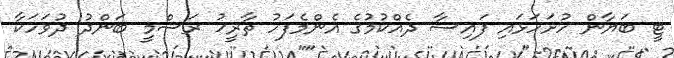
ޓީ ބަޔާން ހުށަހަޅައި ފައިސާ ދެއްކުމުގެ އެންމެފަހު ތާރީޚު ރަސްމީ ބަންދު ދުވަހަކާ